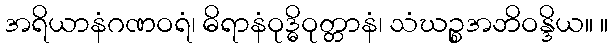
အရိယာနံဂဏဝရံ၊ ဓိရာနံဝုဒ္ဓိဝုတ္တာနံ၊ သံဃဉ္စအဘိဝန္ဒိယ။ ။